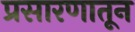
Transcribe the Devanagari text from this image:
प्रसारणातून